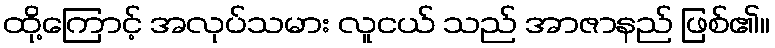
ထို့ကြောင့် အလုပ်သမား လူငယ် သည် အာဇာနည် ဖြစ်၏။